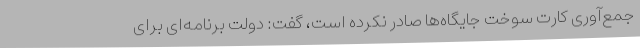
جمع‌آوری کارت سوخت جایگاه‌ها صادر نکرده است، گفت: دولت برنامه‌ای برای